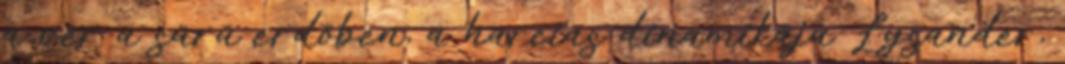
a vér a sűrű erdőben, a harcias dinamikájú Lysander,